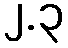
၂.၃